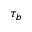
\tau _ { b }